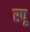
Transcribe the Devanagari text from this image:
रपू